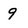
Character: 9